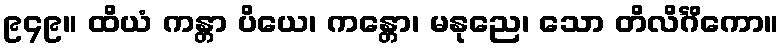
၉၄၉။ ထိယံ ကန္တာ ပိယေ၊ ကန္တော၊ မနုညေ၊ သော တိလိင်္ဂိကော။